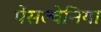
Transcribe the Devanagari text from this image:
पेंसल्वेनिया